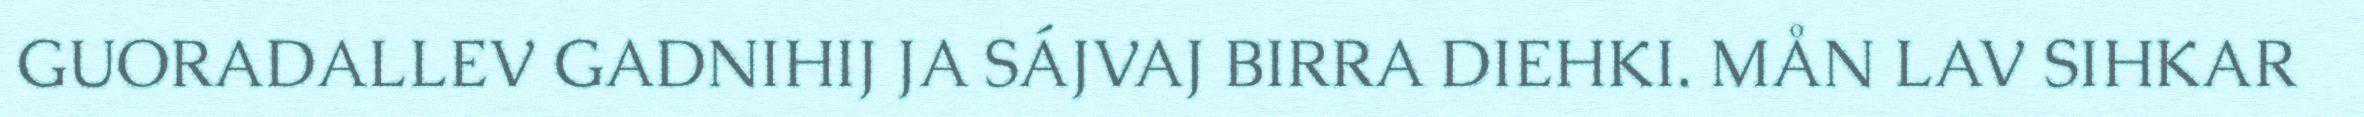
GUORADALLEV GADNIHIJ JA SÁJVAJ BIRRA DIEHKI. MÅN LAV SIHKAR